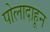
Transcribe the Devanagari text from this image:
पोलादाहून